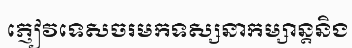
ភ្ញៀវទេសចរមកទស្សនាកម្សាន្តនិង